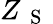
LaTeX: Z_{\mathrm{~{~S~}~}}